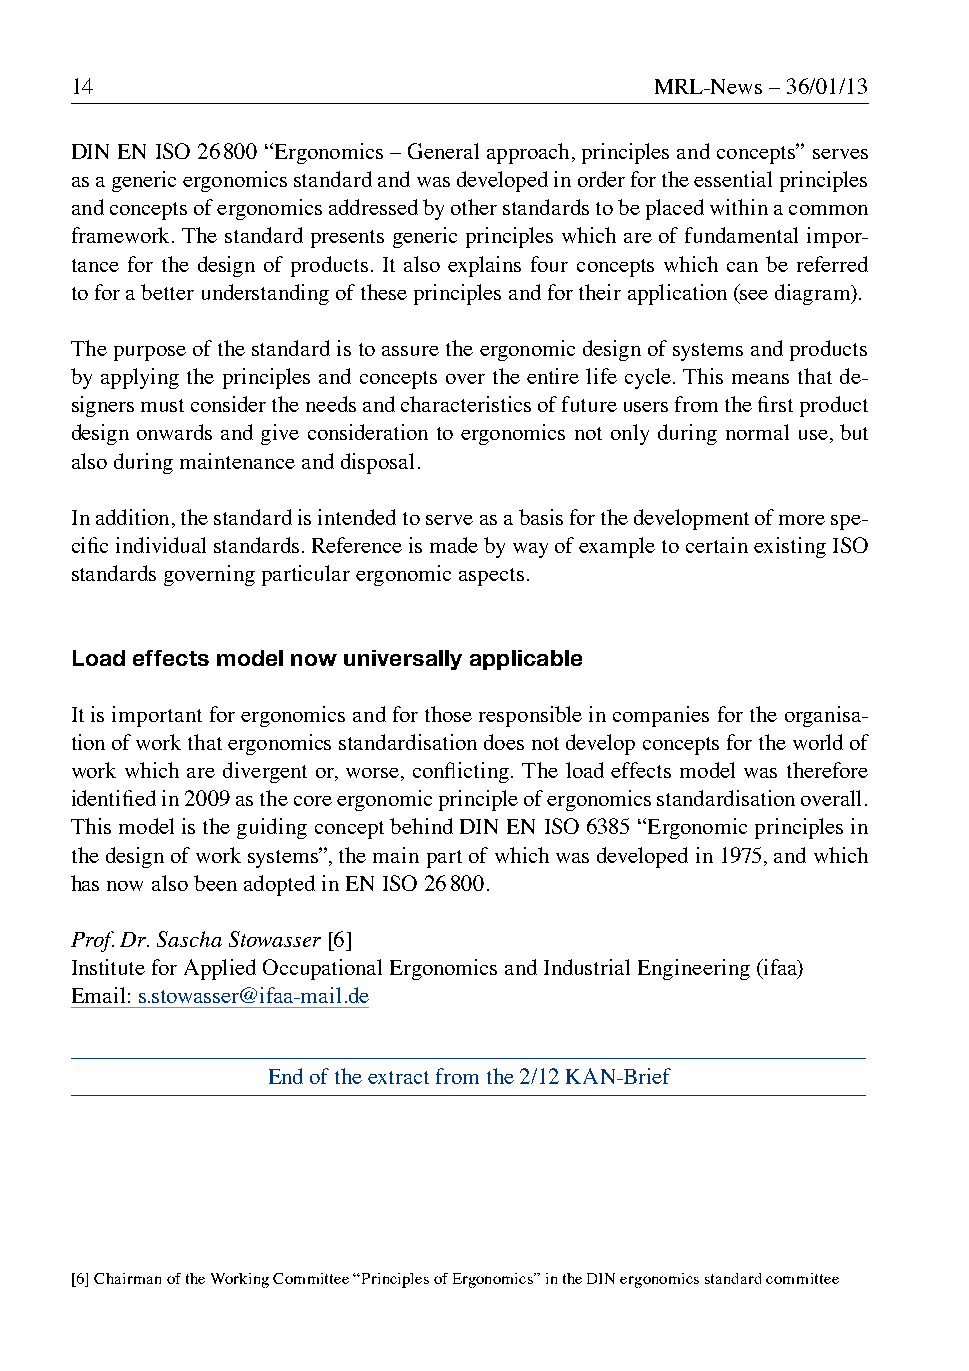
14                                    MRL-News – 36/01/13
 DIN EN ISO 26 800 “Ergonomics – General approach, principles and concepts” serves
 as a generic ergonomics standard and was developed in order for the essential principles
 and concepts of ergonomics addressed by other standards to be placed within a common
 framework. The standard presents generic principles which are of fundamental impor-
 tance for the design of products. It also explains four concepts which can be referred
 to for a better understanding of these principles and for their application (see diagram).
 The purpose of the standard is to assure the ergonomic design of systems and products
 by applying the principles and concepts over the entire life cycle. This means that de-
 signers must consider the needs and characteristics of future users from the first product
 design onwards and give consideration to ergonomics not only during normal use, but
 also during maintenance and disposal.
 In addition, the standard is intended to serve as a basis for the development of more spe-
 cific individual standards. Reference is made by way of example to certain existing ISO
 standards governing particular ergonomic aspects.
 Load effects model now universally applicable
 It is important for ergonomics and for those responsible in companies for the organisa-
 tion of work that ergonomics standardisation does not develop concepts for the world of
 work which are divergent or, worse, conflicting. The load effects model was therefore
 identified in 2009 as the core ergonomic principle of ergonomics standardisation overall.
 This model is the guiding concept behind DIN EN ISO 6385 “Ergonomic principles in
 the design of work systems”, the main part of which was developed in 1975, and which
 has now also been adopted in EN ISO 26 800.
 Prof. Dr. Sascha Stowasser [6]
 Institute for Applied Occupational Ergonomics and Industrial Engineering (ifaa)
 Email: s.stowasser@ifaa-mail.de
 End of the extract from the 2/12 KAN-Brief
 [6] Chairman of the Working Committee “Principles of Ergonomics” in the DIN ergonomics standard committee